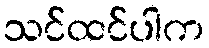
သင်ထင်ပါက